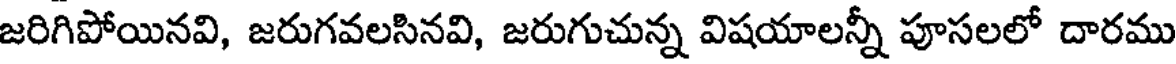
జరిగిపోయినవి, జరుగవలసినవి, జరుగుచున్న విషయాలన్నీ పూసలలో దారము